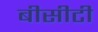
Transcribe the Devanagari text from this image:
बीसीटी